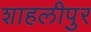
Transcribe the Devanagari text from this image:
शाहलीपुर